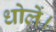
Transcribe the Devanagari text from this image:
धोलें।